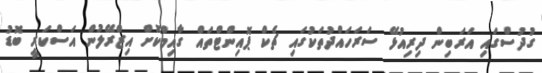
ގުދުސްގައި އަރަބިން ދިރިއުޅޭ ސަރަހައްދުތަކުގައި ޗެކް ޕޮއިންޓްތައް ގާއިމްކޮށް އިޒްރޭލުން އަސްކަރީ ބޮޑު